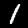
Digit: 1